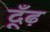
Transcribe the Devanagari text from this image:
दूँढ़